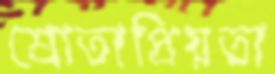
শ্রোতাপ্রিয়তা